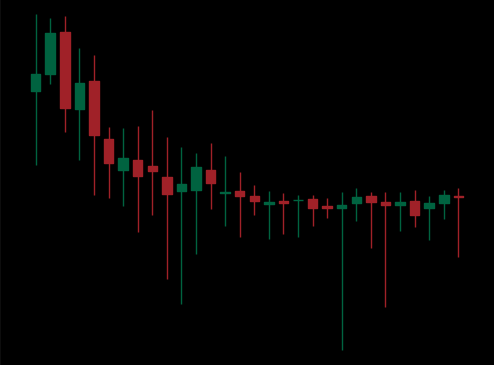
Pattern: unclassified